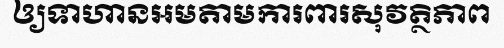
ឲ្យទាហានអមតាមការពារសុវត្ថិភាព